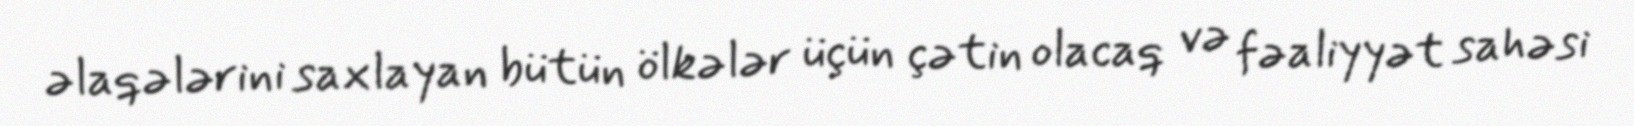
əlaqələrini saxlayan bütün ölkələr üçün çətin olacaq və fəaliyyət sahəsi